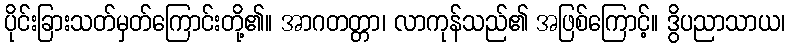
ပိုင်းခြားသတ်မှတ်ကြောင်းတို့၏။ အာဂတတ္တာ၊ လာကုန်သည်၏ အဖြစ်ကြောင့်။ ဒွိပညာသာယ၊